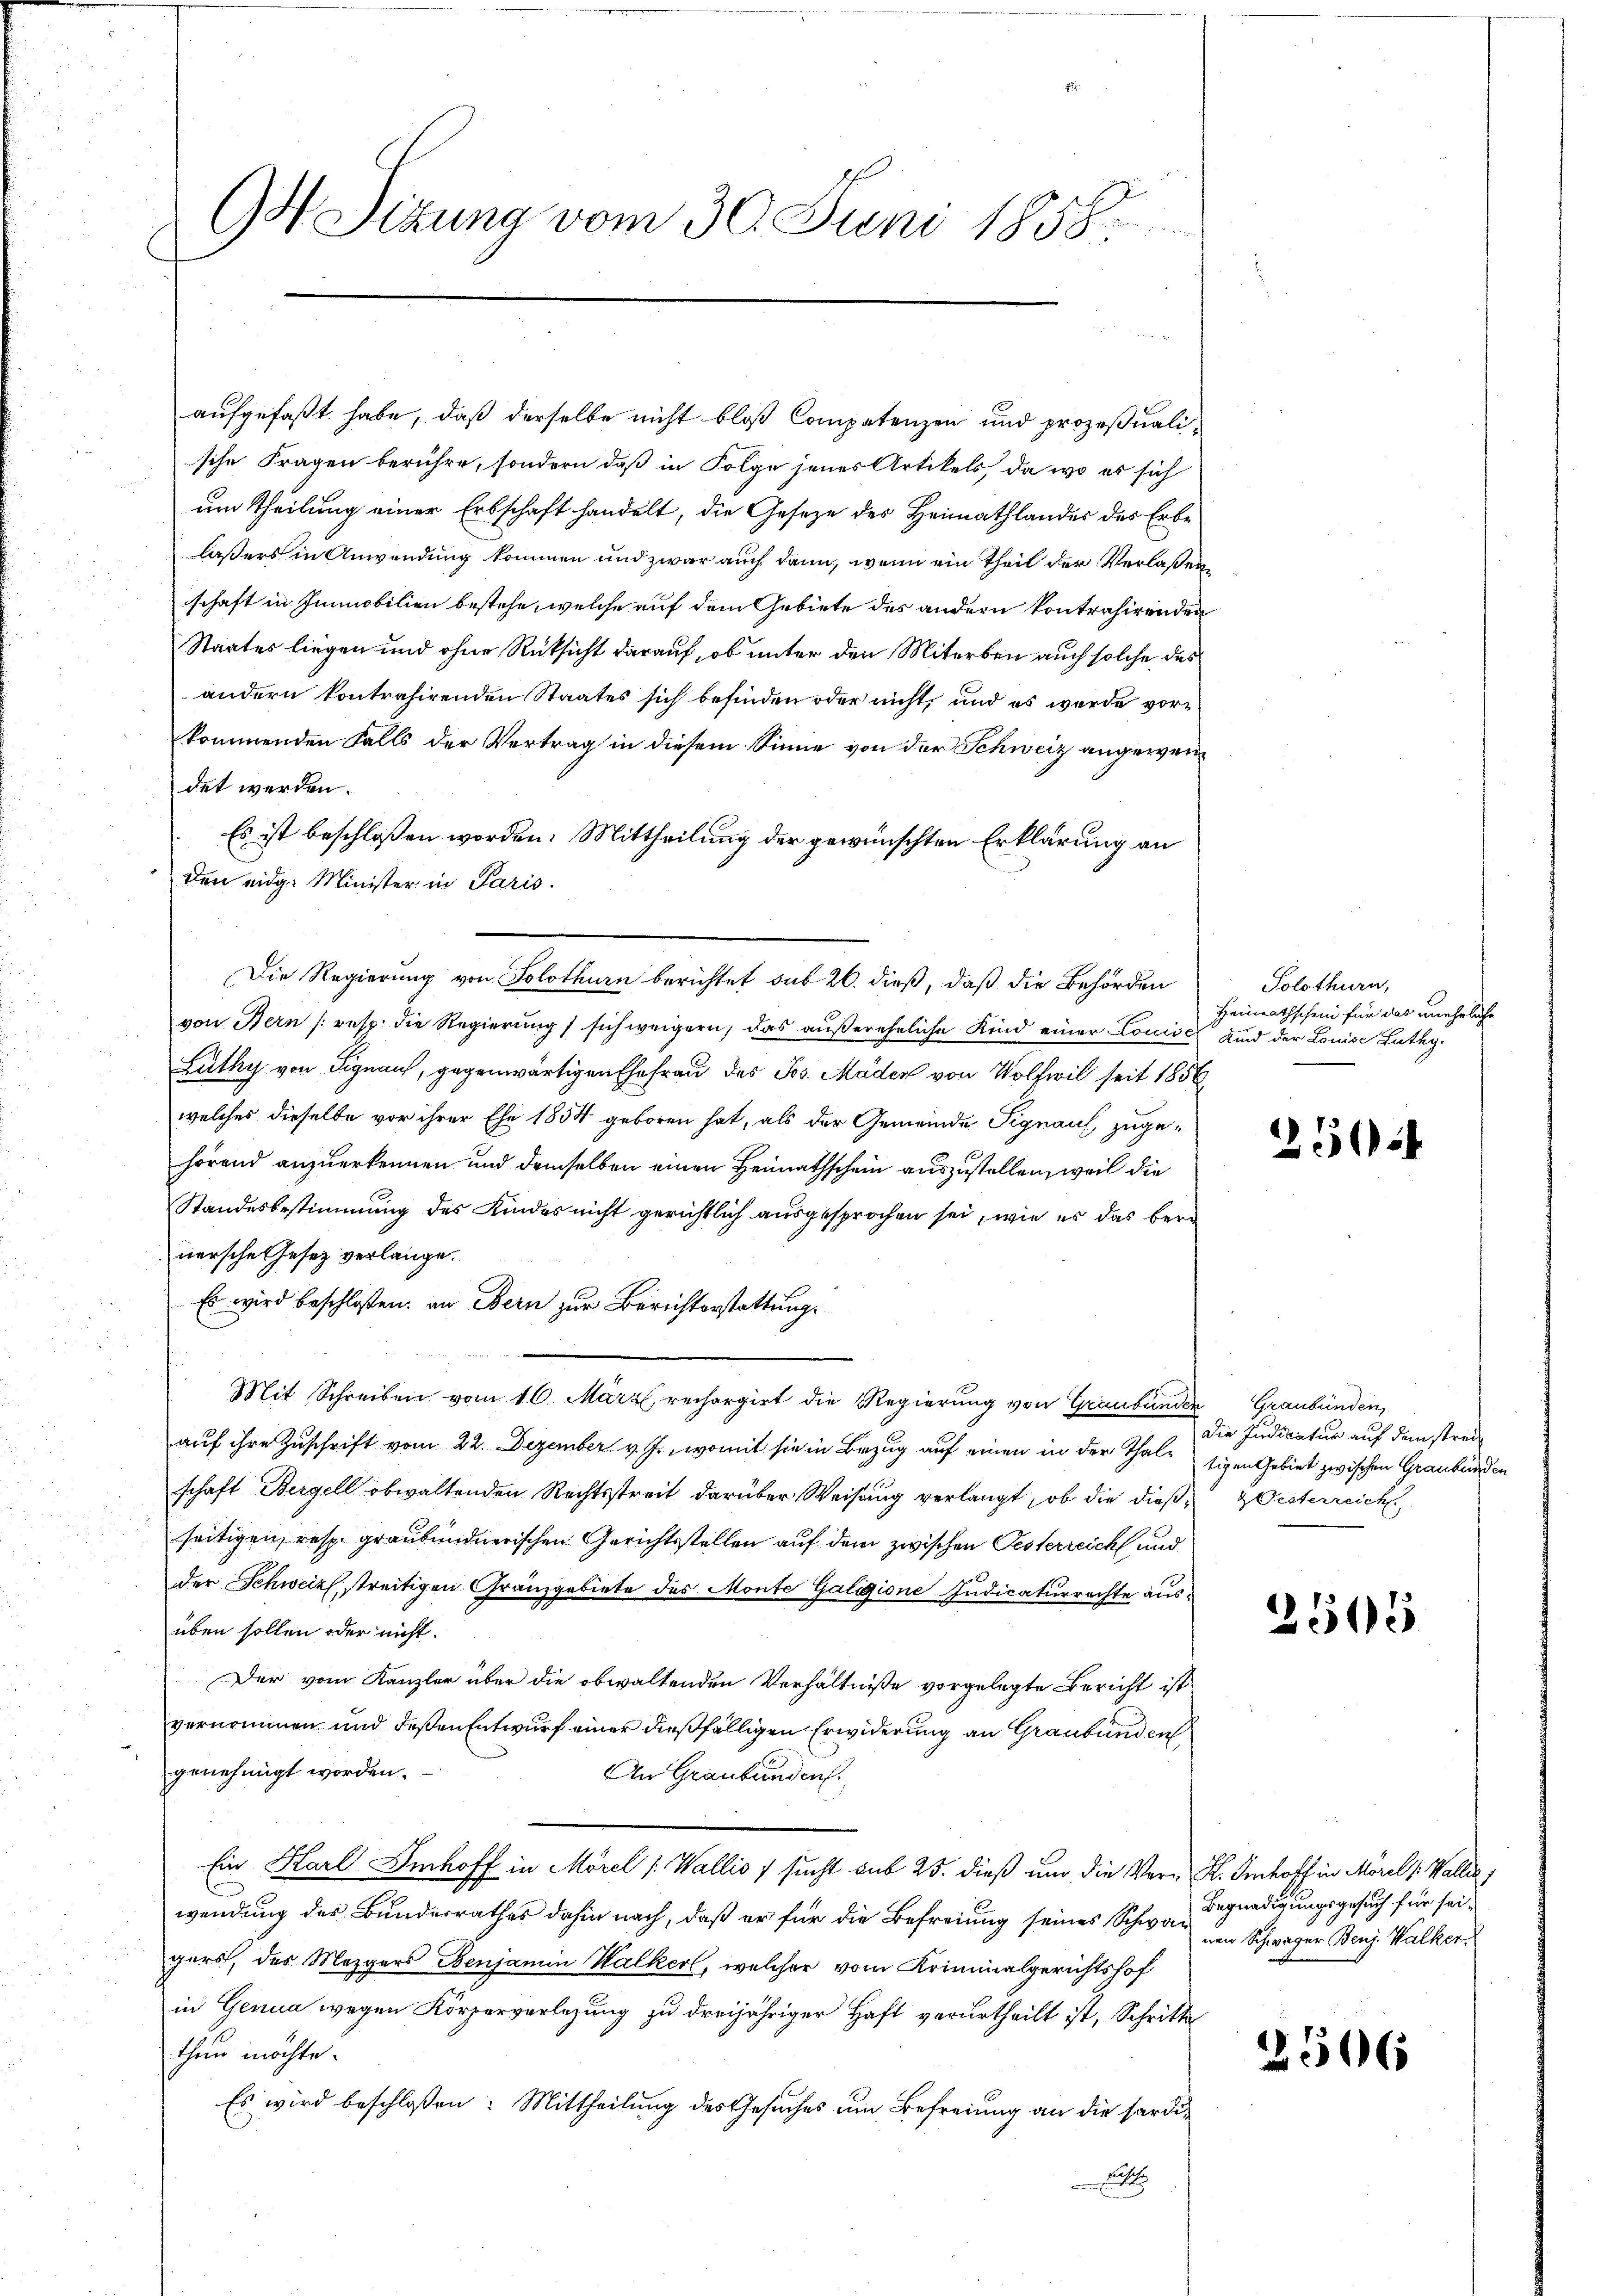
G Sitzung vom 30. Juni 1858.

aufgefaßt habe, daß derselbe nicht bloß Competenzen und prozeßualische Fragen berühre, sondern daß in Folge jenes Artikels, da wo es sich
um Theilung einer Erbschaft handelt, die Geseze des Heimathlandes des Erbe
lasers in Anwendung kommen und zwar auch dann, wenn ein Theil der Verlaßenschaft in Immobilien bestehe, welche auf dem Gebiete des andern kontrahirenden
Staates liegen und ohne Rücksicht darauf, ob unter den Miterben auch solche des
andern kontrahirenden Staates sich befinden oder nicht, und es wurde vorkommenden Falls der Vertrag in diesem Sinne von der Schweiz angewendet werden.
Es ist beschloßen worden. Mittheilung der gewünschten Erklärung an
den eidg. Minister in Paris.
Die Regierung von Solothurn berichtet sub 26. dieß, daß die Behörden
von Bern (resp. die Regierung / sich weigern, das außereheliche Kind einer Concili
Lüthy von Signau, gegenwärtigen Ehefrau des Jos. Mader von Wolfwil seit 1856
welches dieselbe vor ihrer Ehe 1854 geboren hat, als der Gemeinde Signauf zugehörend anzuerkennen und demselben einen Heimathschein auszustellen, weil die
Standesbestimmung des Kindes nicht gerichtlich ausgesprochen sei, wie es das bere
nersche Gesetz verlange.
Es wird beschlossen: an Bern zur Berichterstattungs
Mit Schreiben vom 16. März, rechargirt die Regierung von Graubünden Graubünden,
auf ihre Zuschrift vom 22. Dezember v. J., womit sie in Bezug auf einen in der Thaltigen Gebiet zwischen Graubünden
schaft Bergell obwaltenden Rechtsstreit darüber Weisung verlangt, ob die dieß-Oesterreich
seitigen, resp. graubündnerischen Gerichtsstellen auf dem zwischen Gesterreich und
der Schweiz streitigen Granzgebiete des Morite Galigione Indicaturrechte ausüben sollen oder nicht.
Der vom Kanzler über die obwaltenden Verhältniße vorgelegte Bericht ist
vernommen und deßen Entwurf einer dießfälligen Erwiderung an Graubünden
genehmigt worden.
An Graubünden.
Ein Karl Imhoff in Morel /: Wallis / sucht sub 25. dieß und die Ver- K. Imhoff in Morel /: Wallis,
wendung des Bundesrathes dahin nach, daß er für die Befreiung seines Schwar am Schwäger Benz. Walker
gers, des Mezgers Benjamin Walker, welcher vom Kriminalgerichtshof
in Genua wegen Körperverlegung zu dreijähriger Haft verurtheilt ist, Schritte
then möchte.
Es wird beschloßen: Mittheilung des Gesuches um Befreiung an die sardic

Solothurn,
Heimathschein für das uneheliche
unnd der Louise Entag.

25

Die Indicatur auf dem strei¬

2505

Begnadigungsgesuch für sei¬

2506